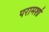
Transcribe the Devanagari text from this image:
परामर्शा